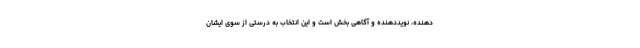
دهنده، نویددهنده و آگاهی بخش است و این انتخاب به درستی از سوی ایشان